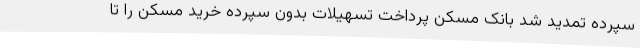
سپرده تمدید شد بانک مسکن پرداخت تسهیلات بدون سپرده خرید مسکن را تا